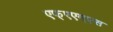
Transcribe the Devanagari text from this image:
एफ्‌एएम्‌एस